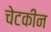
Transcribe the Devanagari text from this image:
चेटकीन